Report of the Bombay Veterinary College
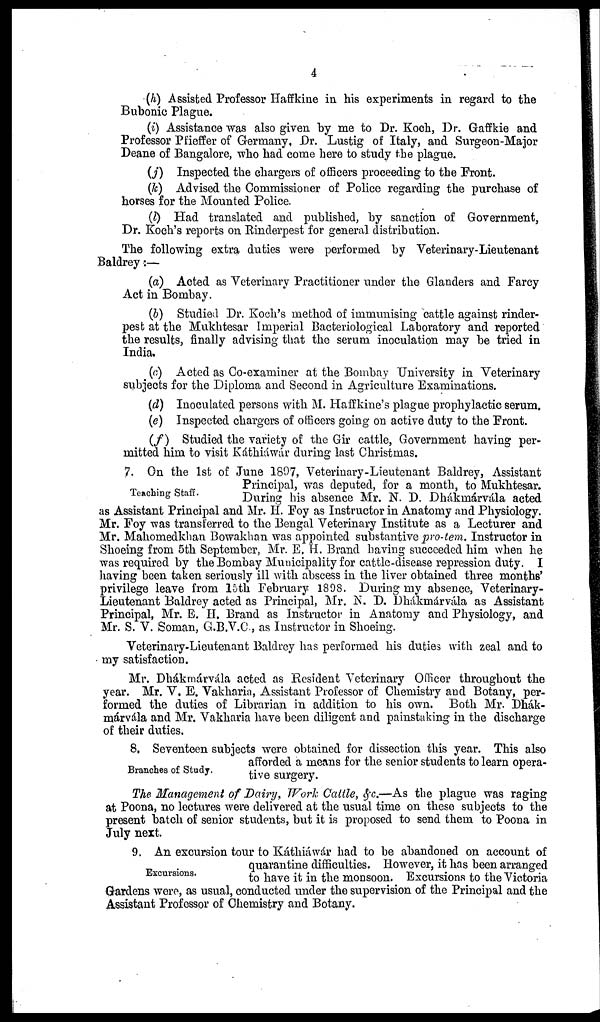
4
(h) Assisted Professor Haffkine in his experiments in regard to the
Bubonic Plague.
(i ) Assistance was also given by me to Dr. Koch, Dr. Gaffkie and
Professor Pfieffer of Germany, Dr. Lustig of Italy, and Surgeon-Major
Deane of Bangalore, who had come here to study the plague.
(j) Inspected the chargers of officers proceeding to the Front.
(k) Advised the Commissioner of Police regarding the purchase of
horses for the Mounted Police.
(l) Had translated and published, by sanction of Government,
Dr. Koch's reports on Rinderpest for general distribution.
The following extra duties were performed by Veterinary-Lieutenant
Baldrey :—
(a) Acted as Veterinary Practitioner under the Glanders and Farcy
Act in Bombay.
(b) Studied Dr. Koch's method of immunising cattle against rinder-
pest at the Mukhtesar Imperial Bacteriological Laboratory and reported
the results, finally advising that the serum inoculation may be tried in
India.
(c) Acted as Co-examiner at the Bombay University in Veterinary
subjects for the Diploma and Second in Agriculture Examinations.
(d) Inoculated persons with M. Haffkine's plague prophylactic serum.
(e) Inspected chargers of officers going on active duty to the Front.
(f)
Studied the variety of the Gir cattle, Government having per-
mitted him to visit Káthiáwár during last Christmas.
Teaching Staff.
7. On the 1st of June 1897, Veterinary-Lieutenant Baldrey, Assistant
Principal, was deputed, for a month, to Mukhtesar.
During his absence Mr. N. D. Dhákmárvála acted
as Assistant Principal and Mr. H. Foy as Instructor in Anatomy and Physiology.
Mr. Foy was transferred to the Bengal Veterinary Institute as a Lecturer and
Mr. Mahomedkhan Bowakhan was appointed substantive pro-tem. Instructor in
Shoeing from 5th September, Mr. E. H. Brand having succeeded him when he
was required by the Bombay Municipality for cattle-disease repression duty. I
having been taken seriously ill with abscess in the liver obtained three months'
privilege leave from 15th February 1898. During my absence, Veterinary-
Lieutenant Baldrey acted as Principal, Mr. N. D. Dhákmárvála as Assistant
Principal, Mr. E. H. Brand as Instructor in Anatomy and Physiology, and
Mr. S. V. Soman, G.B.V.C., as Instructor in Shoeing.
Veterinary-Lieutenant Baldrey has performed his duties with zeal and to
my satisfaction.
Mr. Dhákmárvála acted as Resident Veterinary Officer throughout the
year. Mr. V. E. Vakharia, Assistant Professor of Chemistry and Botany, per-
formed the duties of Librarian in addition to his own. Both Mr. Dhák-
--rvála and Mr. Vakharia have been diligent and painstaking in the discharge
of their duties.
Branches of Study.
8. Seventeen subjects were obtained for dissection this year. This also
afforded a means for the senior students to learn opera-
tive surgery.
The Management of Dairy, Work Cattle, &c.—As the plague was raging
at Poona, no lectures were delivered at the usual time on these subjects to the
present batch of senior students, but it is proposed to send them to Poona in
July next.
Excursions.
9. An excursion tour to Káthiáwár had to be abandoned on account of
quarantine difficulties. However, it has been arranged
to have it in the monsoon. Excursions to the Victoria
Gardens were, as usual, conducted under the supervision of the Principal and the
Assistant Professor of Chemistry and Botany.